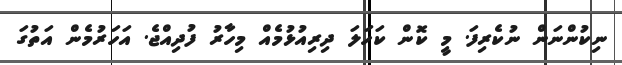
ނިކުންނަން ނުކެރިފަ. މީ ކޮން ކަހަލަ ދިރިއުޅުމެއް މިހާރު ފުދިއްޖެ. އަހަރުމެން އަތުގަ